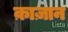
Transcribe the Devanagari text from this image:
क़ाज़ान